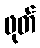
ဖုတ်